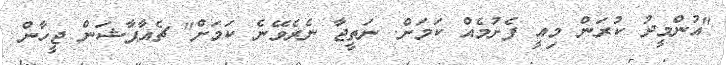
"އުންމީދު ކުރަން މިއީ ފެށުމެއް ކަމަށް. ނަތީޖާ ނެރެވޭނެ ކަމަށް" ޗެއާޕާޝަން ޖީހާން